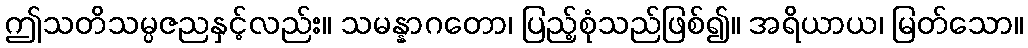
ဤသတိသမ္ပဇညနှင့်လည်း။ သမန္နာဂတော၊ ပြည့်စုံသည်ဖြစ်၍။ အရိယာယ၊ မြတ်သော။